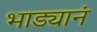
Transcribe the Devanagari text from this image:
भाड्यानं